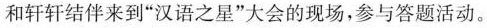
和轩轩结伴来到”汉语之星”大会的现场，参与答题活动。